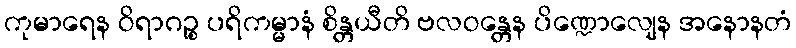
ကုမာရေန ဝိရာဂဉ္စ ပရိကမ္မာနံ စိန္တယီတိ ဗလဝန္တေန ပိဏ္ဍောလျေန အနောနတံ